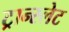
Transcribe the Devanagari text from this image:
ट्रान्स्लेट